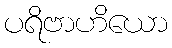
ပရိဗာဟိယော